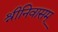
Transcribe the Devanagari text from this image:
श्रीनिवासम्‌